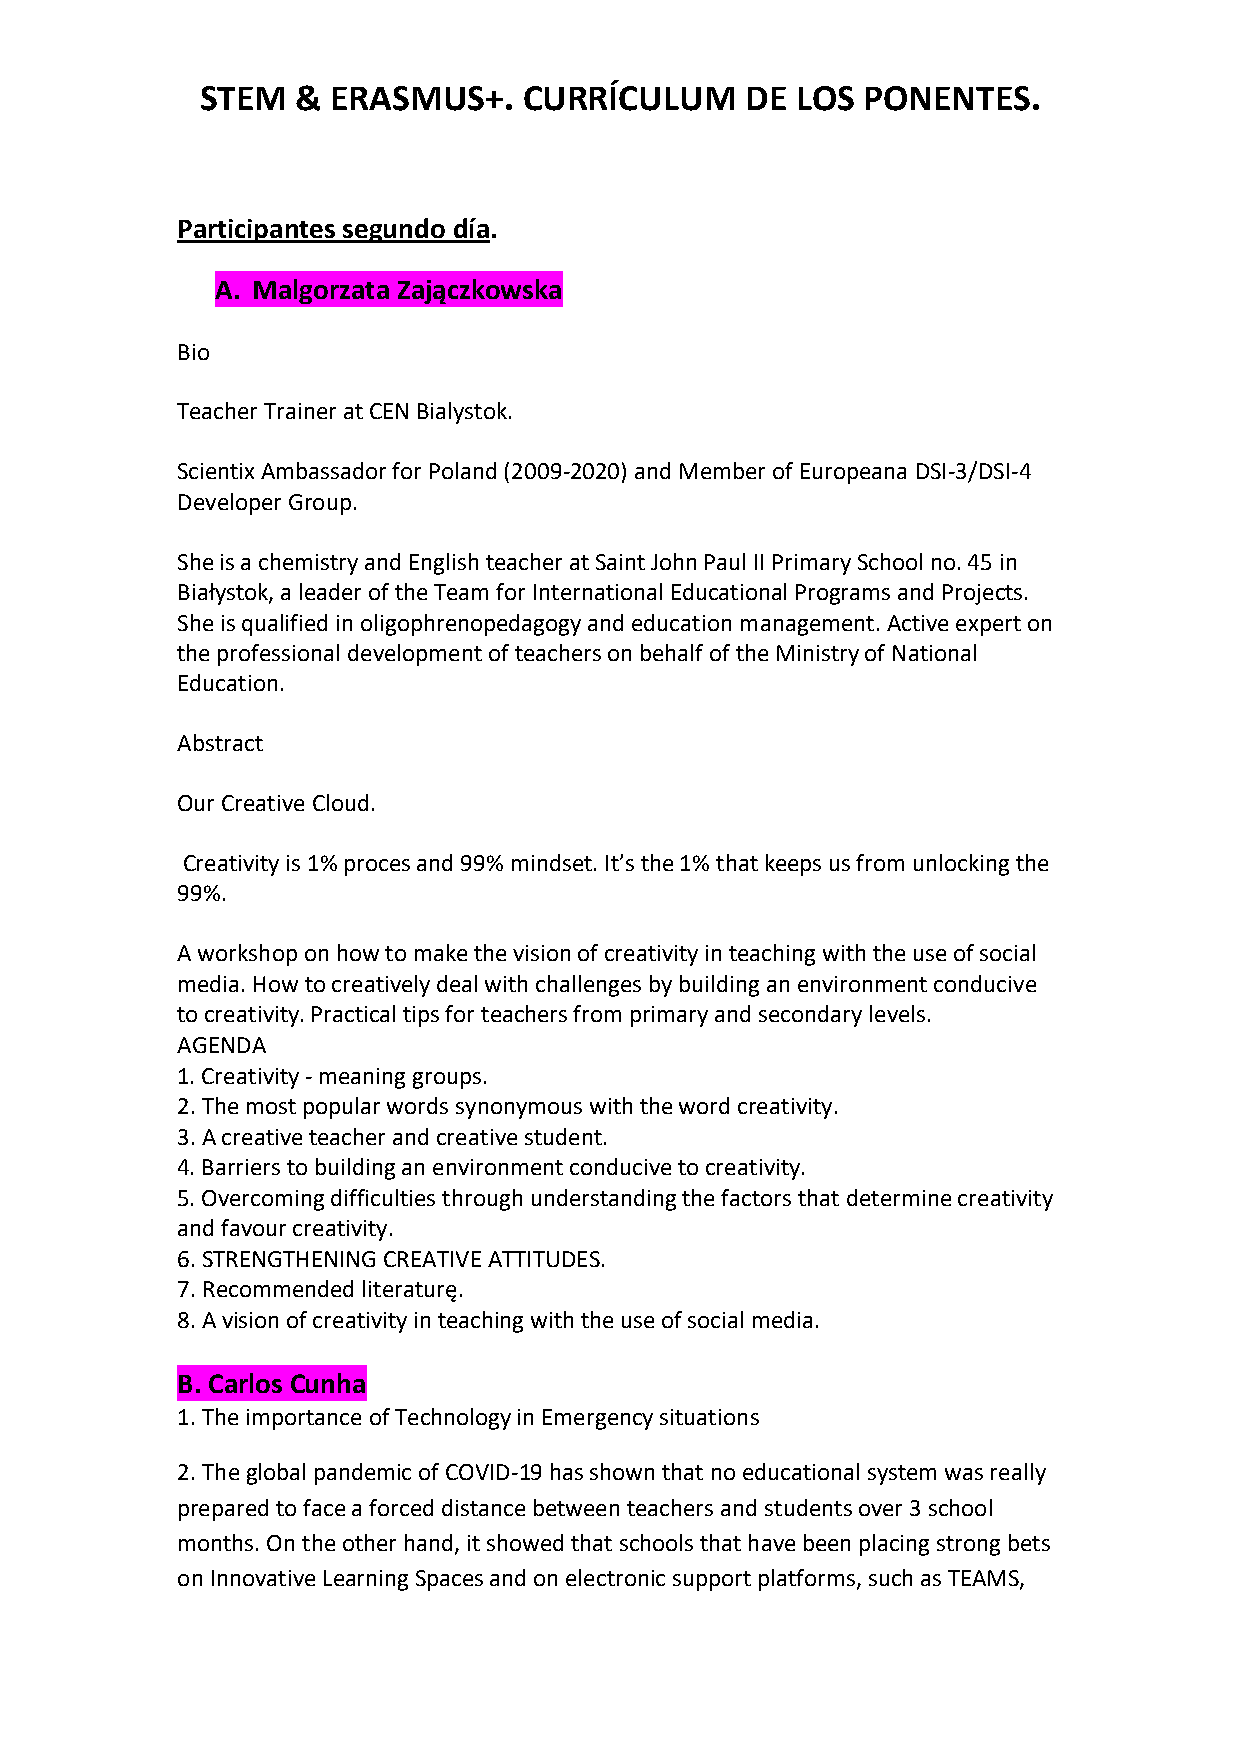
STEM   & ERASMUS+.    CURRÍCULUM    DE  LOS PONENTES.
 Participantes segundo día.
 A. Malgorzata Zajączkowska
 Bio
 Teacher Trainer at CEN Bialystok.
 Scientix Ambassador for Poland (2009-2020) and Member of Europeana DSI-3/DSI-4
 Developer Group.
 She is a chemistry and English teacher at Saint John Paul II Primary School no. 45 in
 Białystok, a leader of the Team for International Educational Programs and Projects.
 She is qualified in oligophrenopedagogy and education management. Active expert on
 the professional development of teachers on behalf of the Ministry of National
 Education.
 Abstract
 Our Creative Cloud.
 Creativity is 1% proces and 99% mindset. It’s the 1% that keeps us from unlocking the
 99%.
 A workshop on how to make the vision of creativity in teaching with the use of social
 media. How to creatively deal with challenges by building an environment conducive
 to creativity. Practical tips for teachers from primary and secondary levels.
 AGENDA
 1. Creativity - meaning groups.
 2. The most popular words synonymous with the word creativity.
 3. A creative teacher and creative student.
 4. Barriers to building an environment conducive to creativity.
 5. Overcoming difficulties through understanding the factors that determine creativity
 and favour creativity.
 6. STRENGTHENING CREATIVE ATTITUDES.
 7. Recommended literaturę.
 8. A vision of creativity in teaching with the use of social media.
 B. Carlos Cunha
 1. The importance of Technology in Emergency situations
 2. The global pandemic of COVID-19 has shown that no educational system was really
 prepared to face a forced distance between teachers and students over 3 school
 months. On the other hand, it showed that schools that have been placing strong bets
 on Innovative Learning Spaces and on electronic support platforms, such as TEAMS,